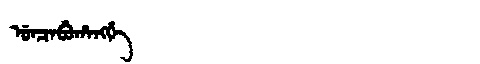
Manchu: ᡠᠨᠴᠠᠪᡠᡥᠠᠩᡤᡝ
Romanization: UNCABUHANGGE